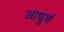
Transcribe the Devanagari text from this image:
आधुर्ण